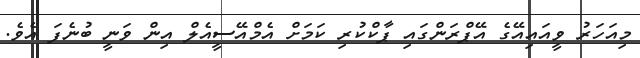
މިއަހަރު ވީއައިއޭގެ އޭޕްރަންގައި ޕާކްކުރި ކަމަށް އެމްއޭސީއެލް އިން ވަނީ ބުނެފަ އެވެ.